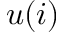
u ( i )